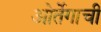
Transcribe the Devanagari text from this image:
ओर्तेगाची